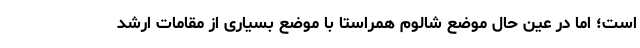
است؛ اما در عین حال موضع شالوم همراستا با موضع بسیاری از مقامات ارشد